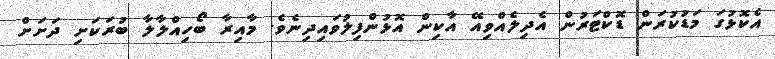
އެކޮޅުގަ މަޑުކުރަން ޑޮކްޓަރުން އެދިލެއްވިއޭ އާކިން އޮޅުންފިލުވައިދިނެވެ. މާއިރާ ބޯހިއްލާލާ ބުރަކަށި ދަށަށް